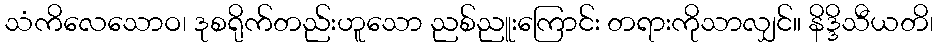
သံကိလေသောဝ၊ ဒုစရိုက်တည်းဟူသော ညစ်ညူးကြောင်း တရားကိုသာလျှင်။ နိဒ္ဒိသီယတိ၊